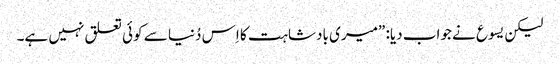
‏ لیکن یسوع نے جواب دیا:‏ ”‏میری بادشاہت کا اِس دُنیا سے کوئی تعلق نہیں ہے۔